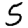
Digit: 5